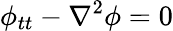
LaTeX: \phi_{tt}-\nabla^{2}\phi=0